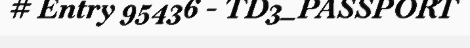
# Entry 95436 - TD3_PASSPORT